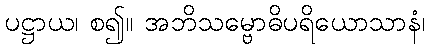
ပဋ္ဌာယ၊ စ၍။ အဘိသမ္ဗောဓိပရိယောသာနံ၊